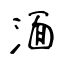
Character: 湎